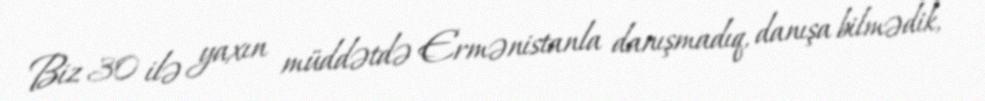
Biz 30 ilə yaxın müddətdə Ermənistanla danışmadıq, danışa bilmədik,